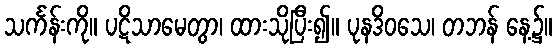
သင်္ကန်းကို။ ပဋိသာမေတွာ၊ ထားသိုပြီး၍။ ပုနဒိဝသေ၊ တဘန် နေ့၌။